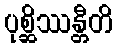
ပုစ္ဆိဿန္တီတိ